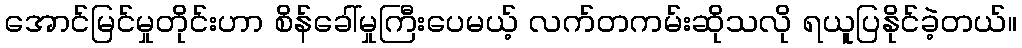
အောင်မြင်မှုတိုင်းဟာ စိန်ခေါ်မှုကြီးပေမယ့် လက်တကမ်းဆိုသလို ရယူပြနိုင်ခဲ့တယ်။